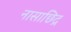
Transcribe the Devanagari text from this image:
नासाछिद्र